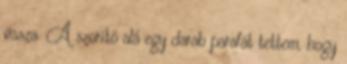
vissza. A szorító alá egy darab parafát tettem, hogy